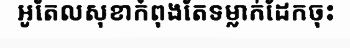
អូតែលសុខាកំពុងតែទម្លាក់ដែកចុះ